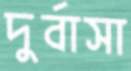
দুর্বাসা